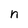
Character: n